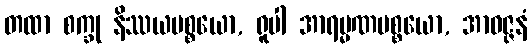
တထာ စက္ခု နိဿယပစ္စယော, ရူပါ အာရမ္မဏပစ္စယော, အာဝဇ္ဇနံ